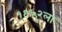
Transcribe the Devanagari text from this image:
१९६२ला